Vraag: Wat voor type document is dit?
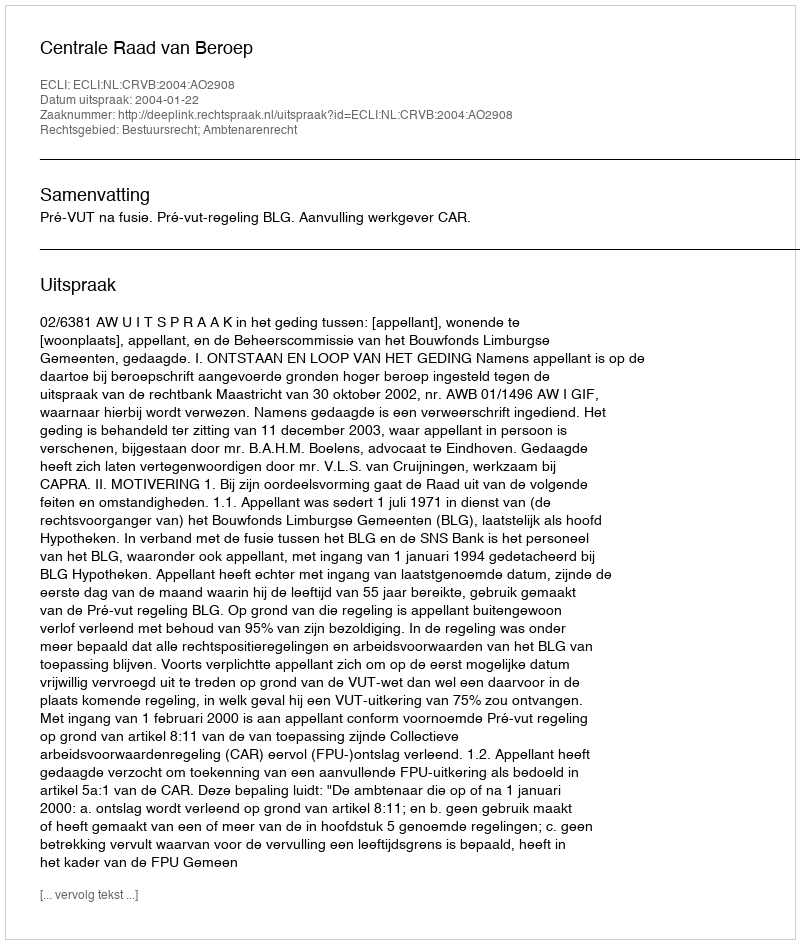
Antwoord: Uitspraak